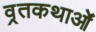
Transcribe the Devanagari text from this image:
व्रतकथाओं